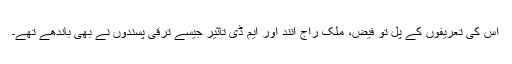
اس کی تعریفوں کے پل تو فیض، ملک راج آنند اور ایم ڈی تاثیر جیسے ترقی پسندوں نے بھی باندھے تھے۔